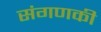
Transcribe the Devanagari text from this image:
संगणकी